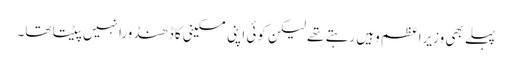
پہلے بھی وزیراعظم وہیں رہتے تھے لیکن کوئی اپنی مسکینی کا ڈھنڈورا نہیں پیٹتا تھا۔